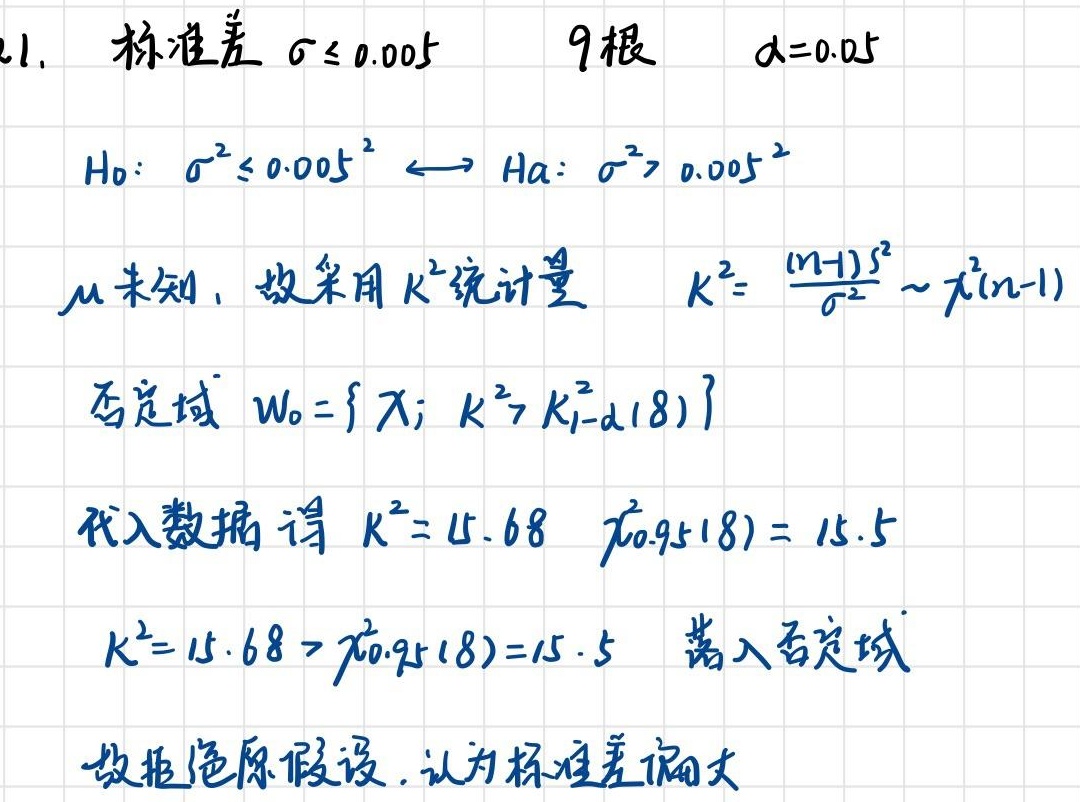
1. 标准差 $\sigma \leq 0.005$  9 根  $\alpha = 0.05$

$H_0: \sigma^2 \leq 0.005^2 \longleftrightarrow H_a: \sigma^2 > 0.005^2$

$\mu$ 未知，故采用 $K^2$ 统计量  $K^2 = \frac{(n - 1)s^2}{\sigma^2} \sim \chi^2(n - 1)$

否定域 $W_0 = \{ \chi; K^2 > K_{1 - \alpha}^2(8) \}$

代入数据得 $K^2 = 15.68$  $\chi_{0.95}^2(8) = 15.5$

$K^2 = 15.68 > \chi_{0.95}^2(8) = 15.5$ 落入否定域

故拒绝原假设，认为标准差偏大